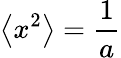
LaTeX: \left\langle x^{2}\right\rangle={\frac{1}{a}}